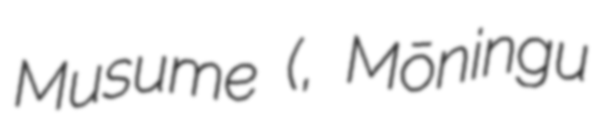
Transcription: Musume (モーニング娘。, Mōningu